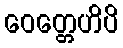
ဝေတ္တေဟိပိ